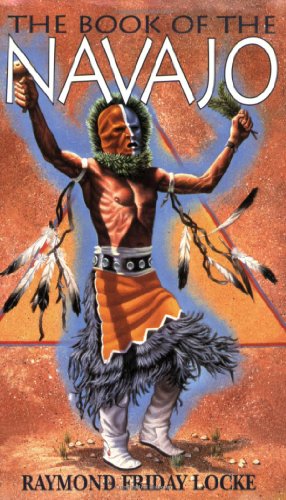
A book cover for The Book of the Navajo; Raymond Friday Locke; Literature & Fiction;